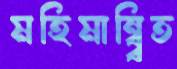
মহিমান্ব্বিত